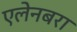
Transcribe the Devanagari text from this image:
एलेनबरा